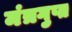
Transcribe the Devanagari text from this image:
मंत्रगुप्त